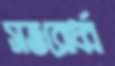
সত্তরোর্ধ্ব